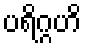
ပရိဂ္ဂဟိ